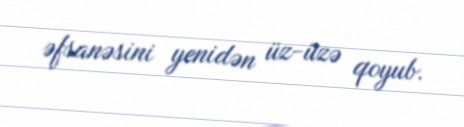
əfsanəsini yenidən üz-üzə qoyub.